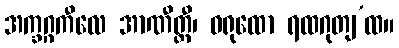
အက္ခဂ္ဂကီလေ အာဏီတ္ထီ၊ ဝရုထော ရထဂုတျ’ထ။